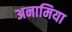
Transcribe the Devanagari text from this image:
अनामिया